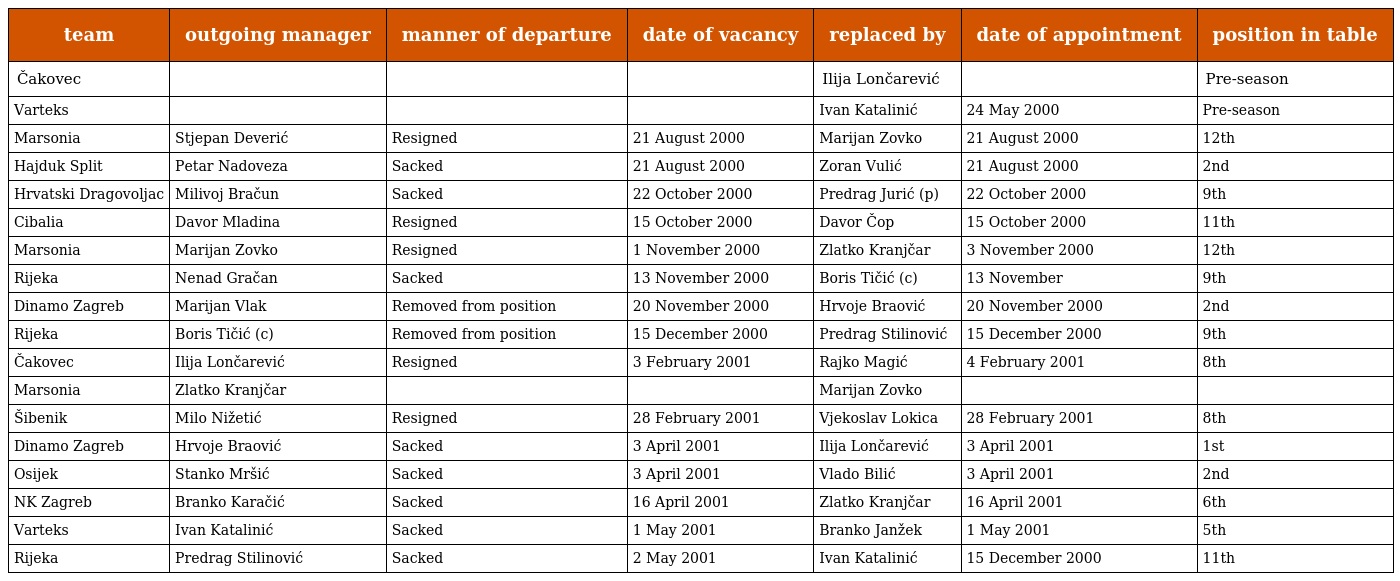
| team | outgoing manager | manner of departure | date of vacancy | replaced by | date of appointment | position in table |
 | --- | --- | --- | --- | --- | --- | --- |
 | Čakovec |  |  |  | Ilija Lončarević |  | Pre-season |
 | Varteks |  |  |  | Ivan Katalinić | 24 May 2000 | Pre-season |
 | Marsonia | Stjepan Deverić | Resigned | 21 August 2000 | Marijan Zovko | 21 August 2000 | 12th |
 | Hajduk Split | Petar Nadoveza | Sacked | 21 August 2000 | Zoran Vulić | 21 August 2000 | 2nd |
 | Hrvatski Dragovoljac | Milivoj Bračun | Sacked | 22 October 2000 | Predrag Jurić (p) | 22 October 2000 | 9th |
 | Cibalia | Davor Mladina | Resigned | 15 October 2000 | Davor Čop | 15 October 2000 | 11th |
 | Marsonia | Marijan Zovko | Resigned | 1 November 2000 | Zlatko Kranjčar | 3 November 2000 | 12th |
 | Rijeka | Nenad Gračan | Sacked | 13 November 2000 | Boris Tičić (c) | 13 November | 9th |
 | Dinamo Zagreb | Marijan Vlak | Removed from position | 20 November 2000 | Hrvoje Braović | 20 November 2000 | 2nd |
 | Rijeka | Boris Tičić (c) | Removed from position | 15 December 2000 | Predrag Stilinović | 15 December 2000 | 9th |
 | Čakovec | Ilija Lončarević | Resigned | 3 February 2001 | Rajko Magić | 4 February 2001 | 8th |
 | Marsonia | Zlatko Kranjčar |  |  | Marijan Zovko |  |  |
 | Šibenik | Milo Nižetić | Resigned | 28 February 2001 | Vjekoslav Lokica | 28 February 2001 | 8th |
 | Dinamo Zagreb | Hrvoje Braović | Sacked | 3 April 2001 | Ilija Lončarević | 3 April 2001 | 1st |
 | Osijek | Stanko Mršić | Sacked | 3 April 2001 | Vlado Bilić | 3 April 2001 | 2nd |
 | NK Zagreb | Branko Karačić | Sacked | 16 April 2001 | Zlatko Kranjčar | 16 April 2001 | 6th |
 | Varteks | Ivan Katalinić | Sacked | 1 May 2001 | Branko Janžek | 1 May 2001 | 5th |
 | Rijeka | Predrag Stilinović | Sacked | 2 May 2001 | Ivan Katalinić | 15 December 2000 | 11th |